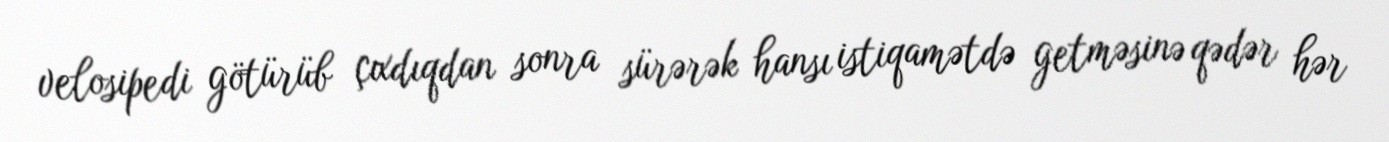
velosipedi götürüb çıxdıqdan sonra sürərək hansı istiqamətdə getməsinə qədər hər